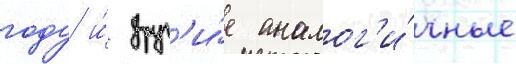
году и́ друг'и́е аналог'и́чные